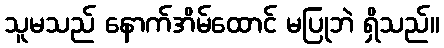
သူမသည် နောက်အိမ်ထောင် မပြုဘဲ ရှိသည်။